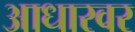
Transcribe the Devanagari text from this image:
आधारवर